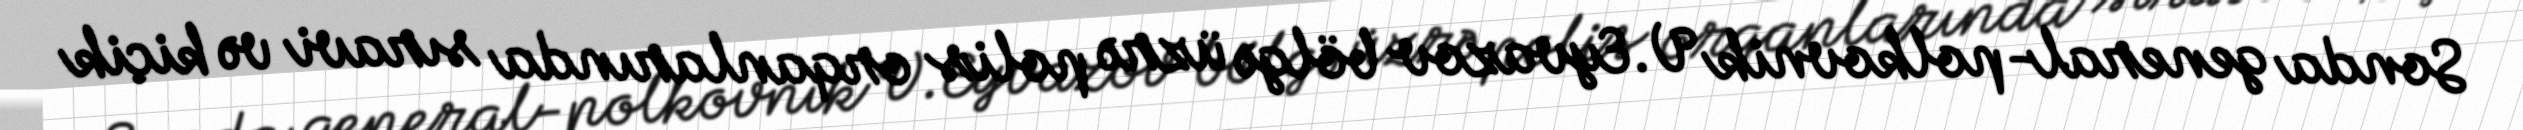
Sonda general-polkovnik V.Eyvazov bölgə üzrə polis orqanlarında sıravi və kiçik